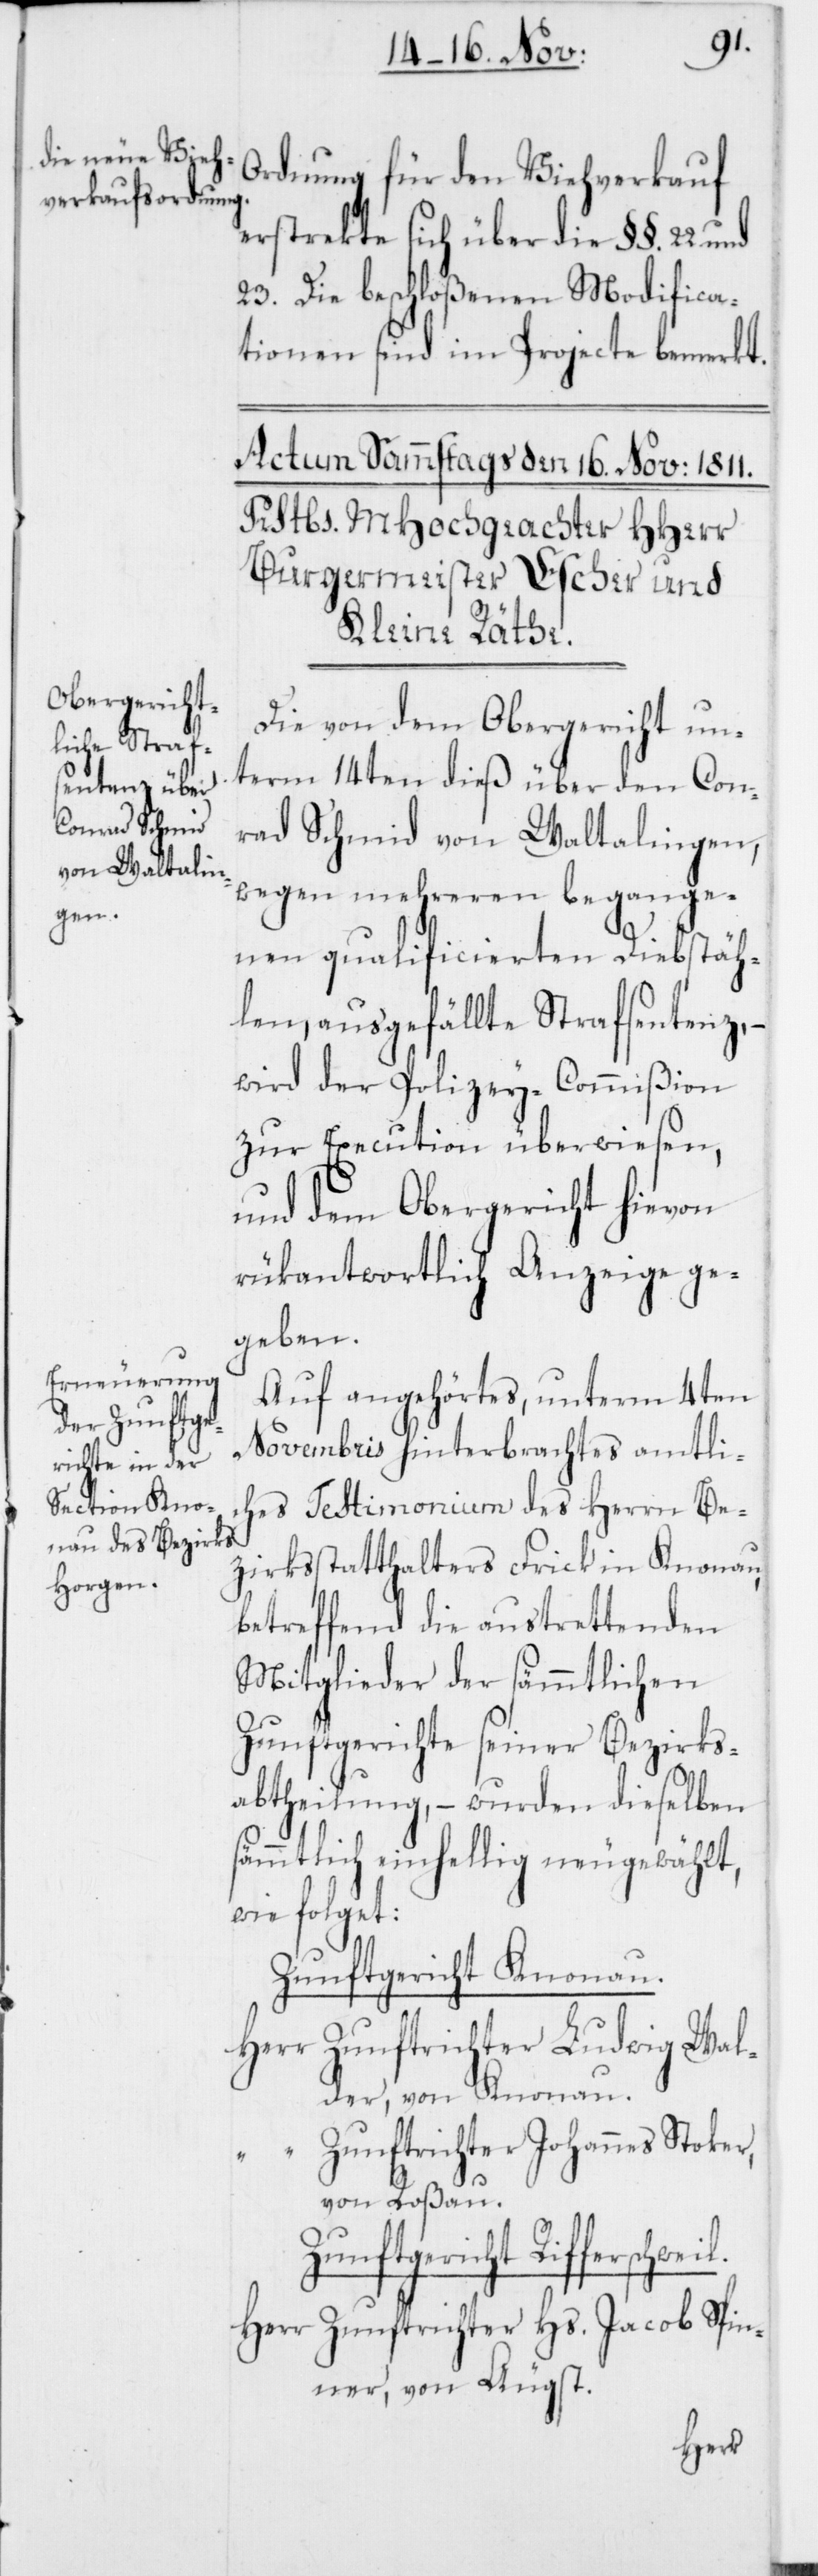
il.
Ordnung für den Viehverkauf
erstrekte sich über die §§. 22.
23. Die beschloßenen Modifica¬
tionen sind im Projecte bemerkt.
Die von dem Obergericht un¬
term 14ten dieß über den Con¬
rad Schmid von Waltalingen,
wegen mehreren begange¬
nen qualificierten Diebstäh¬
len, ausgefällte Strafsentenz,
wird der Polizey-Commißion
zur Execution überwiesen,
und dem Obergericht hievon
rükantwortlich Anzeige ge¬
geben.
Auf angehörtes, unterm 4ten
Novembris hinterbrachtes amtli¬
ches Testimonium des Herrn Be¬
zirksstatthalters Frick in Knonau,
betreffend die austrettenden
Mitglieder der sämmtlichen
Zunftgerichte seiner Bezirks¬
abtheilung, – wurden dieselben
sämmtlich einhellig neugewählt,
wie folget:
Zunftgericht Knonau.
Herr Zunftrichter Ludwig Wal¬
der, von Knonau.
“ Zunftrichter Johannes Stoker,
von Roßau.
Zunftgericht Rifferschwe¬
Herr Zunftrichter Hs. Jacob Spin¬
ner, von Äugst.